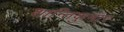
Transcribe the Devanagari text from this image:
शान्तिकुमार